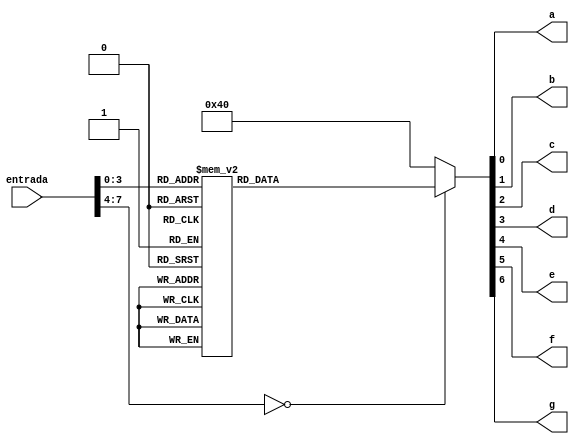
`timescale 1ns / 1ps
//////////////////////////////////////////////////////////////////////////////////
// Company: 
// Engineer: 
// 
// Design Name: 
// Module Name:    Hex2Seven 
// Project Name: 
// Target Devices: 
// Tool versions: 
// Description: 
//
// Dependencies: 
//
// Revision: 
// Revision 0.01 - File Created
// Additional Comments: 
//
//////////////////////////////////////////////////////////////////////////////////
module Hex2Seven(
    input [7:0] entrada,
    output reg a,
	 output reg b,
	 output reg c,
	 output reg d,
	 output reg e,
	 output reg f,
	 output reg g
    );
	 
	 always @*
		case(entrada)
			8'b0000_0000: begin a=0;b=0;c=0;d=0;e=0;f=0;g=1; end
			8'b0000_0001: begin a=1;b=0;c=0;d=1;e=1;f=1;g=1; end
			8'b0000_0010: begin a=0;b=0;c=1;d=0;e=0;f=1;g=0; end
			8'b0000_0011: begin a=0;b=0;c=0;d=0;e=1;f=1;g=0; end
			8'b0000_0100: begin a=1;b=0;c=0;d=1;e=1;f=0;g=0; end
			8'b0000_0101: begin a=0;b=1;c=0;d=0;e=1;f=0;g=0; end
			8'b0000_0110: begin a=0;b=1;c=0;d=0;e=0;f=0;g=0; end
			8'b0000_0111: begin a=0;b=0;c=0;d=1;e=1;f=1;g=1; end
			8'b0000_1000: begin a=0;b=0;c=0;d=0;e=0;f=0;g=0; end
			8'b0000_1001: begin a=0;b=0;c=0;d=0;e=1;f=0;g=0; end
			8'b0000_1010: begin a=0;b=0;c=0;d=1;e=0;f=0;g=0; end
			8'b0000_1011: begin a=1;b=1;c=0;d=0;e=0;f=0;g=0; end
			8'b0000_1100: begin a=0;b=1;c=1;d=0;e=0;f=0;g=1; end
			8'b0000_1101: begin a=1;b=0;c=0;d=0;e=0;f=1;g=0; end
			8'b0000_1110: begin a=0;b=1;c=0;d=0;e=1;f=0;g=0; end
			8'b0000_1111: begin a=0;b=1;c=1;d=1;e=0;f=0;g=0; end
			default begin a=0;b=0;c=0;d=0;e=0;f=0;g=1; end
		endcase 


endmodule